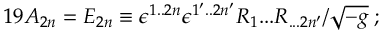
1 9 { \cal A } _ { 2 n } = { \cal E } _ { 2 n } \equiv \epsilon ^ { 1 . . 2 n } \epsilon ^ { 1 ^ { \prime } . . 2 n ^ { \prime } } R _ { 1 } . . . R _ { . . . 2 n { ^ \prime } } / \sqrt { - g } \; ;